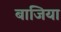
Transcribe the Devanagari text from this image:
बाजिया